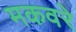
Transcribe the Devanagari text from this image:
मकवरे